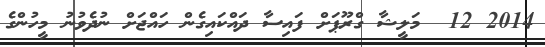
2014 12  މަލީޝާ ގްރޫޕަށް ފައިސާ ދައްކައިގެން ހައްޖަށް ނުދެވުނު މީހުންގެ